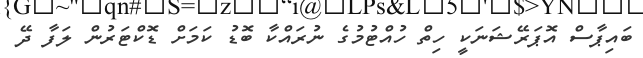
ބައިޕާސް އޮޕަރޭޝަނަކީ ހިތް ހުއްޓުމުގެ ނުރައްކާ ބޮޑު ކަމަށް ޑޮކްޓަރުން ލަފާ ދޭ